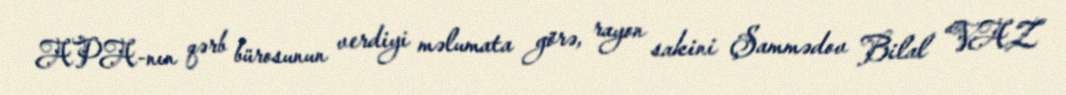
APA-nın qərb bürosunun verdiyi məlumata görə, rayon sakini Şammədov Bilal “VAZ